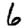
Digit: 6